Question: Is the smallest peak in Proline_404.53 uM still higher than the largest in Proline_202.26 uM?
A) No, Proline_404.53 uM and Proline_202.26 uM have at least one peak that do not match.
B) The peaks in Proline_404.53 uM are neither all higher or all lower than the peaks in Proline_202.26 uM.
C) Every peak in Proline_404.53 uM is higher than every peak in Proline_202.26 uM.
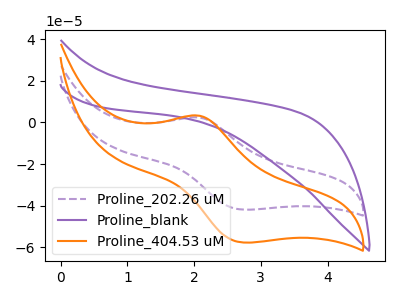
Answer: <think>The purple dashed curve "Proline_202.26 uM" has an anodic peak at (2.05V, 2.35uA) and a cathodic peak at (2.75V, -41.90uA). The purple curve "Proline_blank" has no peaks. The orange curve "Proline_404.53 uM" has an anodic peak at (2.05V, 3.25uA) and a cathodic peak at (2.75V, -57.70uA).</think>
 <answer>C) Every peak in "Proline_404.53 uM" is higher than every peak in "Proline_202.26 uM".</answer>
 <eval>C</eval>